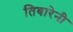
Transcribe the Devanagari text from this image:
तिबारेनी